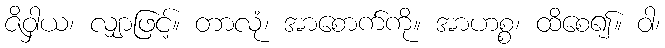
ဇိဝှါယ၊ လျှာဖြင့်။ တာလုံ၊ အာစောက်ကို။ အာဟစ္စ၊ ထိစေ၍။ ဝါ၊